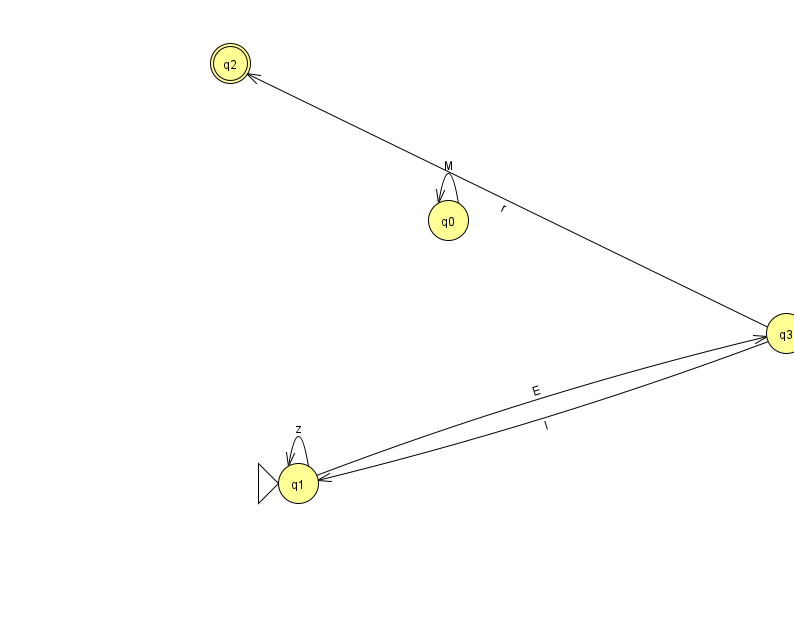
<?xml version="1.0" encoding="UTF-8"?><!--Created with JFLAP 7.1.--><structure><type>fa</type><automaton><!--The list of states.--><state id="0" name="q0"><x>448.0</x><y>207.0</y></state><state id="1" name="q1"><x>298.0</x><y>470.0</y><initial/></state><state id="2" name="q2"><x>230.0</x><y>50.0</y><final/></state><state id="3" name="q3"><x>786.0</x><y>320.0</y></state><!--The list of transitions.--><transition><from>3</from><to>1</to><read>I</read></transition><transition><from>1</from><to>1</to><read>z</read></transition><transition><from>0</from><to>0</to><read>M</read></transition><transition><from>3</from><to>2</to><read>r</read></transition><transition><from>1</from><to>3</to><read>E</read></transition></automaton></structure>